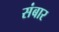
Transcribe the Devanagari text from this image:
संबार